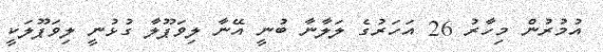
އުމުރުން މިހާރު 26 އަހަރުގެ ލަލާނާ ބުނީ އޭނާ ލިވަޕޫލާ ގުޅުނީ ލިވަޕޫލަކީ